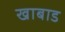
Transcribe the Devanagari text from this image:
खाबाड